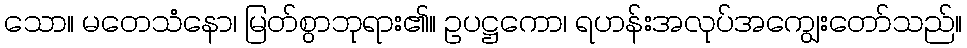
သော။ မတေသံနော၊ မြတ်စွာဘုရား၏။ ဥပဋ္ဌကော၊ ရဟန်းအလုပ်အကျွေးတော်သည်။